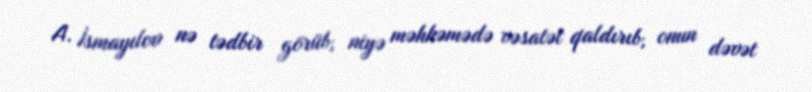
A. İsmayılov nə tədbir görüb, niyə məhkəmədə vəsatət qaldırıb, onun dəvət